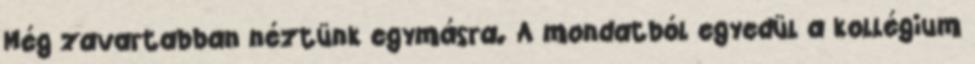
Még zavartabban néztünk egymásra. A mondatból egyedül a kollégium